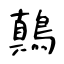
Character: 鷏